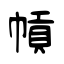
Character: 幊